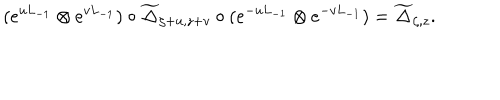
( e ^ { u L _ { - 1 } } \otimes e ^ { v L _ { - 1 } } ) \circ { \widetilde \Delta } _ { \zeta + u , z + v } \circ ( e ^ { - u L _ { - 1 } } \otimes e ^ { - v L _ { - 1 } } ) = { \widetilde \Delta } _ { \zeta , z } .